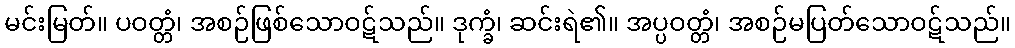
မင်းမြတ်။ ပဝတ္တံ၊ အစဉ်ဖြစ်သောဝဋ်သည်။ ဒုက္ခံ၊ ဆင်းရဲ၏။ အပ္ပဝတ္တံ၊ အစဉ်မပြတ်သောဝဋ်သည်။